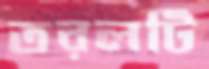
তরলটি